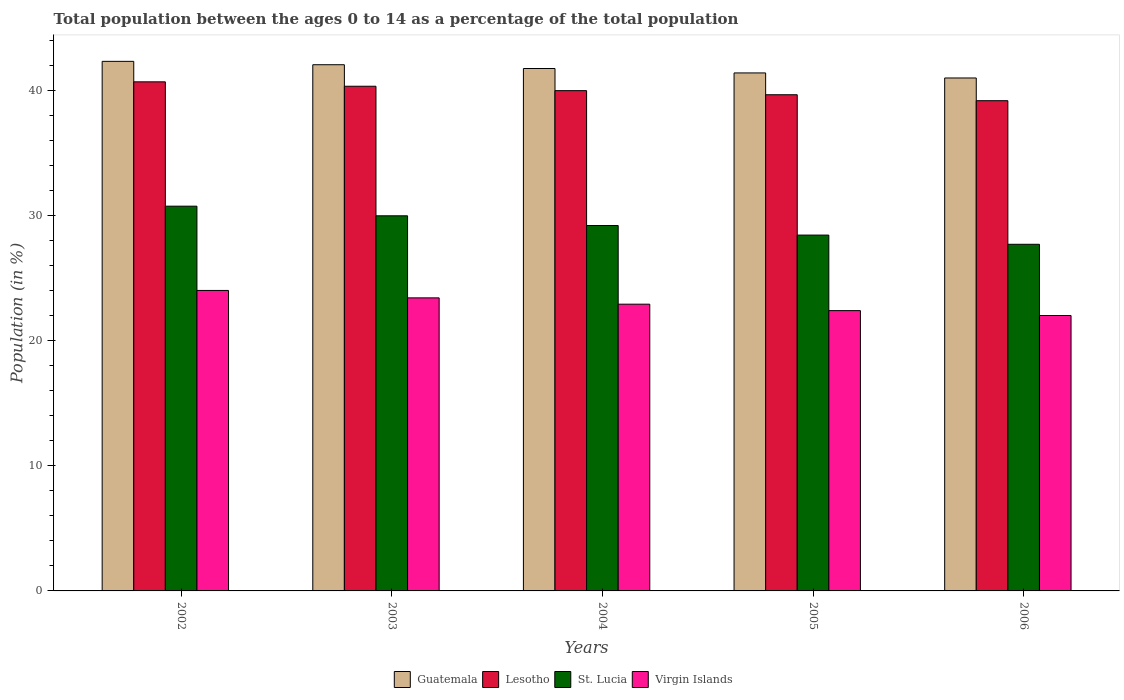
| Years | Guatemala | Lesotho | St. Lucia | Virgin Islands |
 | --- | --- | --- | --- | --- |
 | 2002 | 42.4 | 40.7 | 30.8 | 24 |
 | 2003 | 42.1 | 40.4 | 30 | 23.4 |
 | 2004 | 41.8 | 40 | 29.2 | 22.9 |
 | 2005 | 41.4 | 39.7 | 28.5 | 22.4 |
 | 2006 | 41 | 39.2 | 27.7 | 22 |